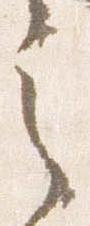
之